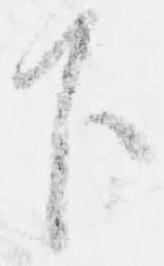
下